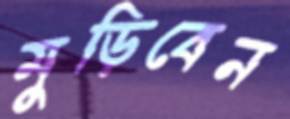
মুড়িবেন